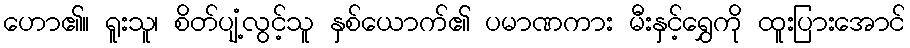
ဟော၏။ ရူးသူ၊ စိတ်ပျံ့လွင့်သူ နှစ်ယောက်၏ ပမာဏကား မီးနှင့်ရွှေကို ထူးပြားအောင်